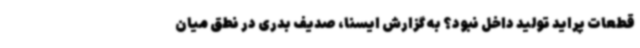
قطعات پراید تولید داخل نبود؟ به گزارش ایسنا، صدیف بدری در نطق میان